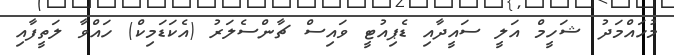
މުހައްމަދު ޝަހީމް އަލީ ސައީދާއި ޑެޕިއުޓީ ވައިސް ޗާންސެލަރު (އެކަޑަމިކް) ހައްވާ ލަތީފާއި